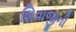
શિવાજીની